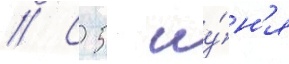
// С 5 иу́н'я